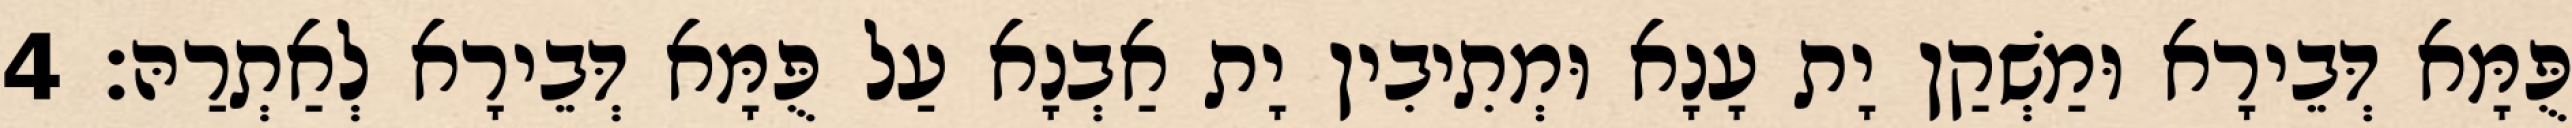
פֻּמָּא דְּבֵירָא וּמַשְׁקַן יָת עָנָא וּמְתִיבִין יָת אַבְנָא עַל פֻּמָּא דְּבֵירָא לְאַתְרַהּ׃ 4